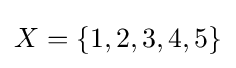
X=\{1,2,3,4,5\}